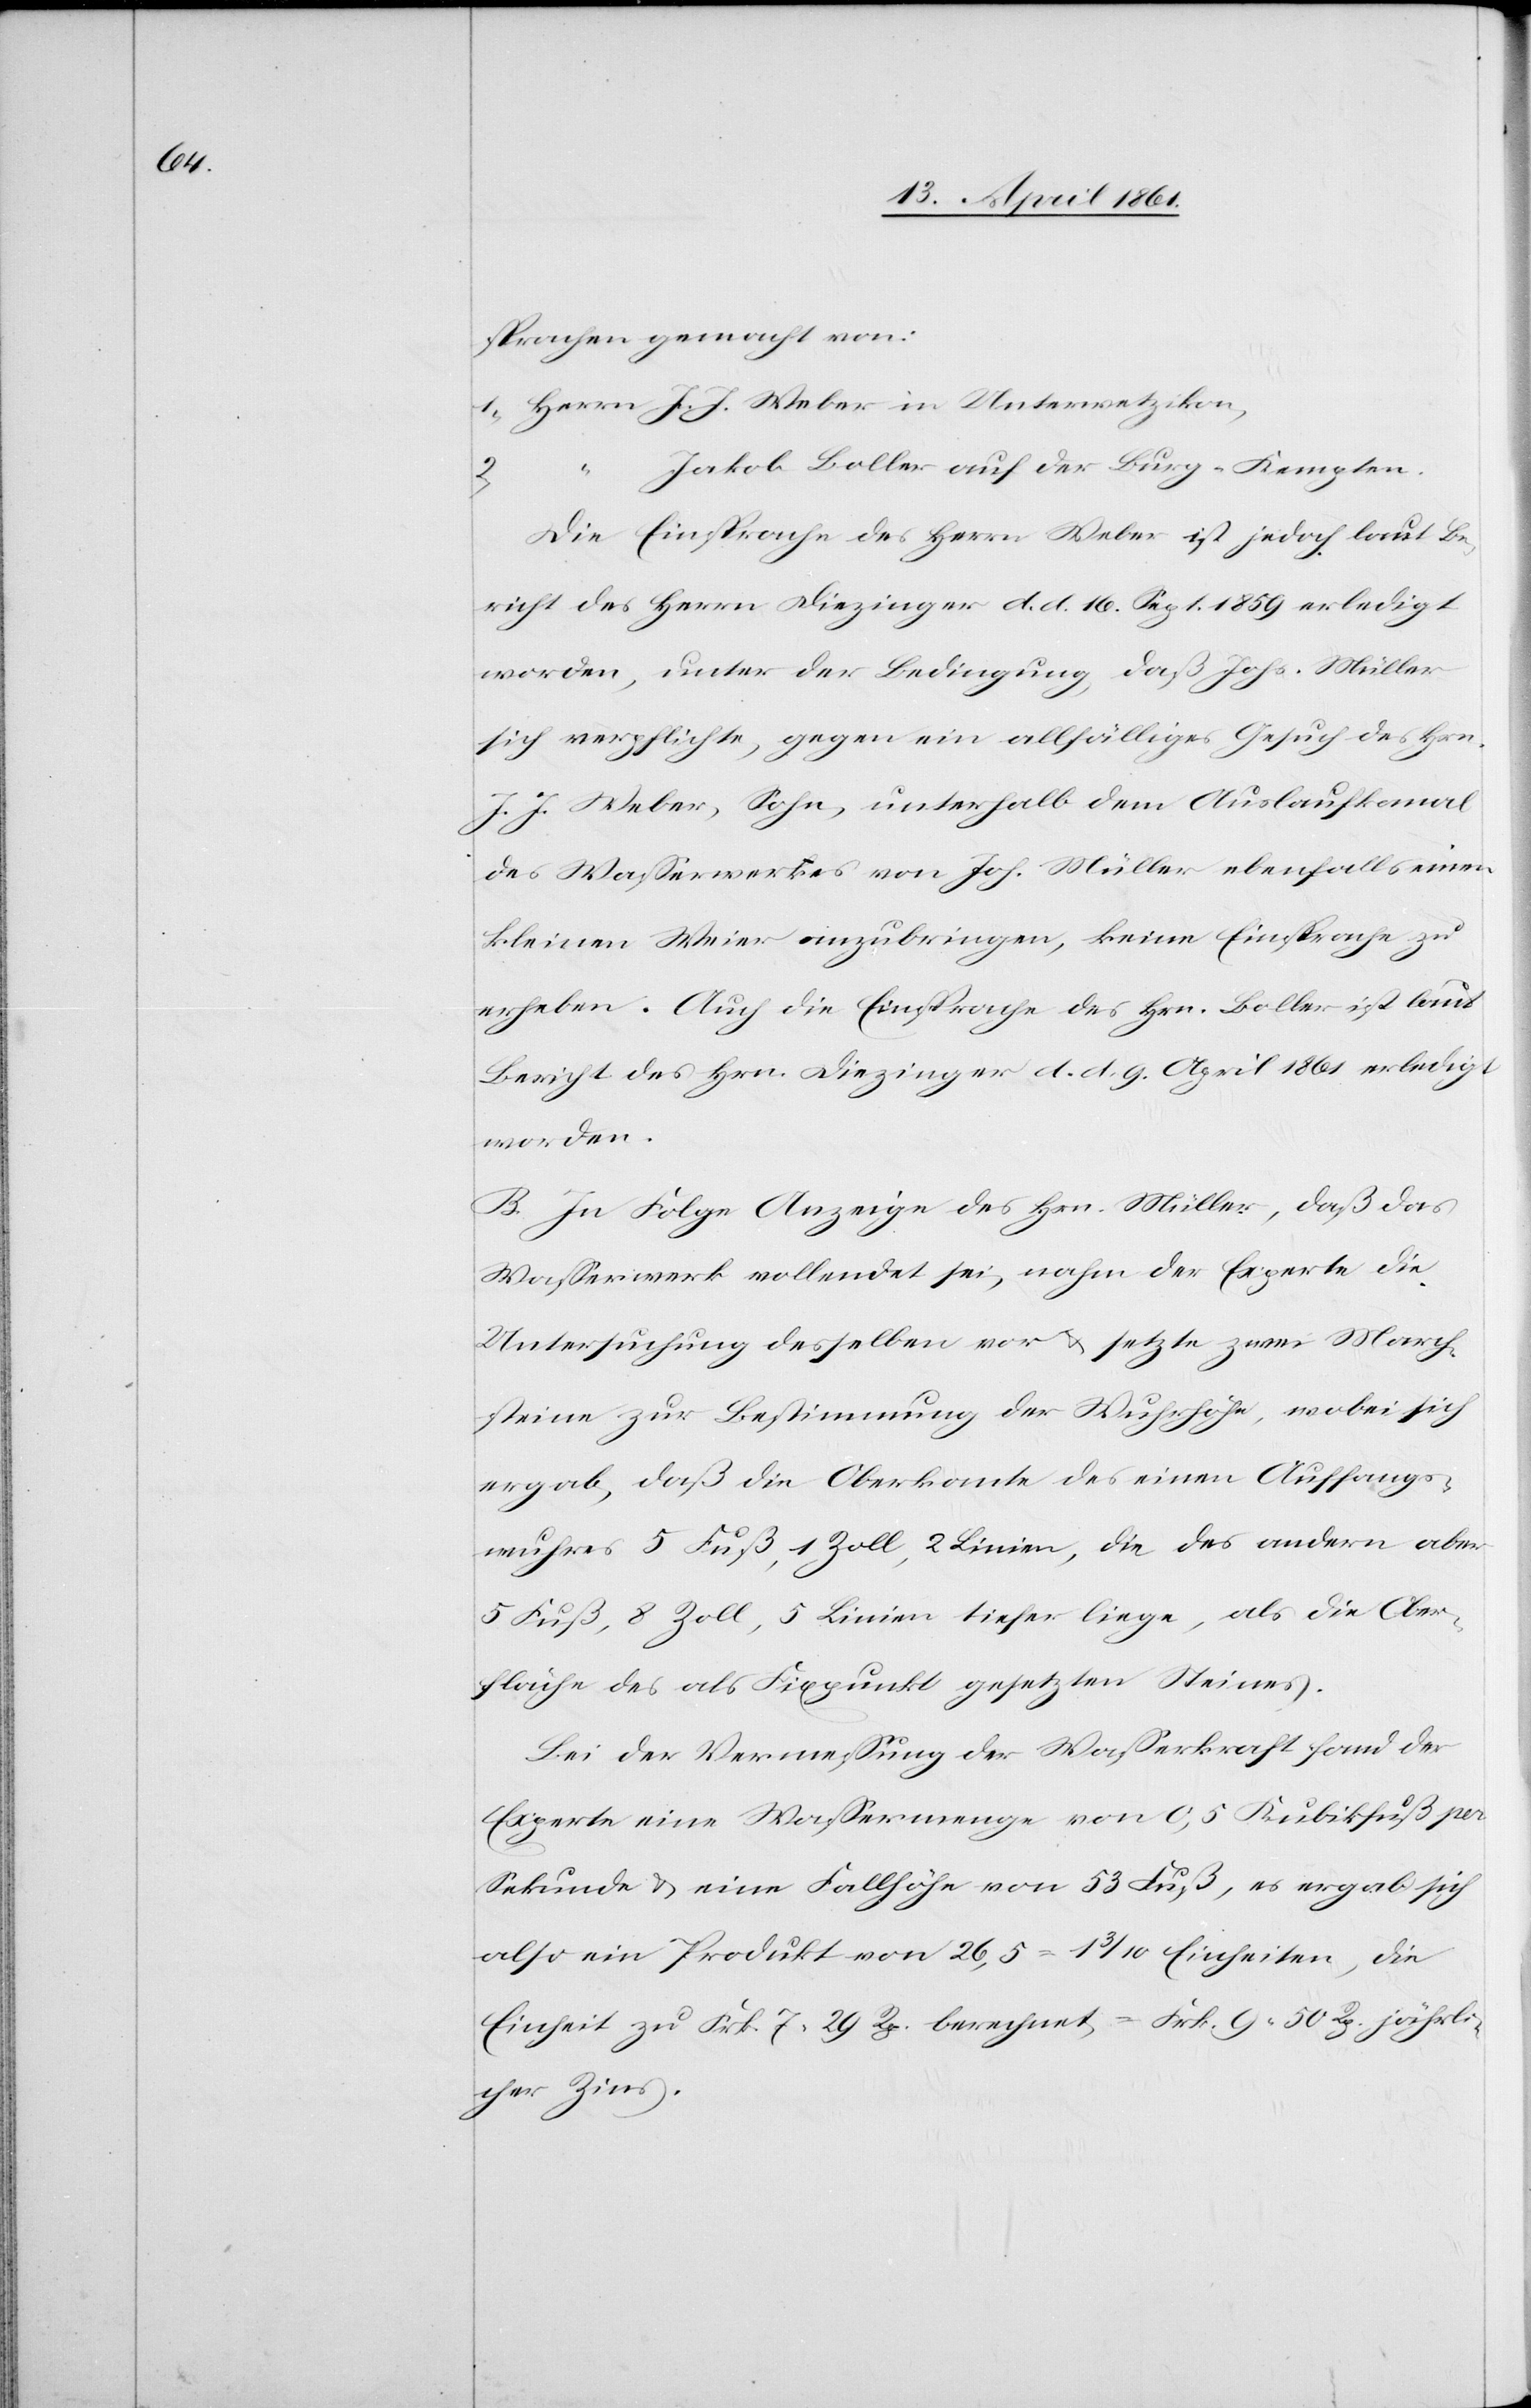
sprachen gemacht von:
1. Herrn J. J. Weber in Unterwetzikon,
“ Jakob Boller auf der Burg-Kempten.
2.
Die Einsprache des Herrn Weber ist jedoch laut Be¬
richt des Herrn Diezinger d. d. 16. Sept. 1859 erledigt
worden, unter der Bedingung, daß Johs. Müller
sich verpflichte, gegen ein allfälliges Gesuch des Herrn
J. J. Weber, Sohn, unterhalb dem Auslaufkanal
des Wasserwerkes von Joh. Müller ebenfalls einen
kleinen Weier anzubringen, keine Einsprache zu
erheben. Auch die Einsprache des Hrn. Boller ist laut
Bericht des Hrn. Diezinger d. d. 9. April 1861 erledigt
worden.
B. In Folge Anzeige des Hrn. Müller, daß das
Wasserwerk vollendet sei, nahm der Experte die
Untersuchung desselben vor u. setzte zwei March¬
steine zur Bestimmung der Wuhrhöhe, wobei sich
ergab, daß die Oberkante des einen Auffangs¬
wuhres 5 Fuß, 1 Zoll, 2 Linie, die des andern aber
5 Fuß, 8 Zoll, 5 Linien tiefer liege, als die Ober¬
fläche des als Fixpunkt gesetzten Steines.
Bei der Vermessung der Wasserkraft fand der
Experte eine Wassermenge von 0,5 Kubikfuß per
Sekunde u. eine Fallhöhe von 53 Fuß, es ergab sich
also ein Produkt von 26,5 = 1 1/10 Einheiten, die
Einheit zu Frk. 7 29 Rp. berechnet = Frk. 9 50 Rp. jährli¬
cher Zins.